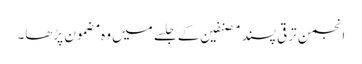
انجمن ترقی پسند مصنفین کے جلسے میں وہ مضمون پڑھا۔